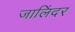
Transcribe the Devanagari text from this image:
जालिंदर